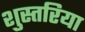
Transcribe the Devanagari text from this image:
शुस्तरिया